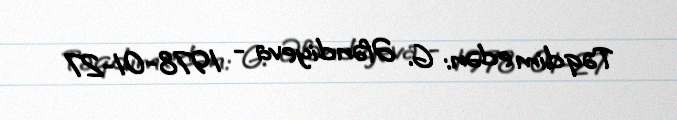
Təqdim edən: G. Əfəndiyeva - 1978-01-27